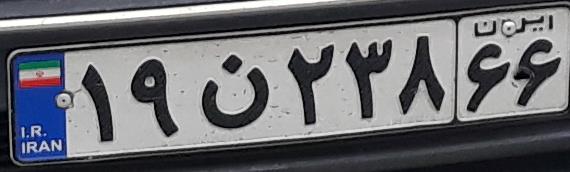
۱۹ن۲۳۸۶۶